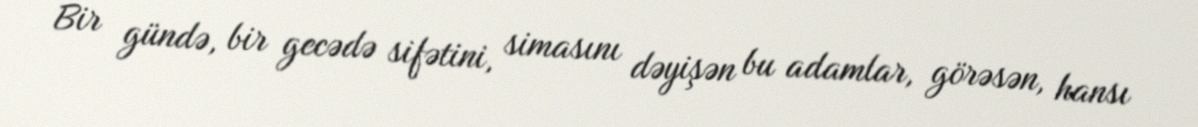
Bir gündə, bir gecədə sifətini, simasını dəyişən bu adamlar, görəsən, hansı